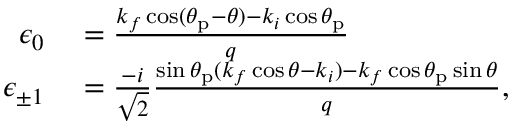
\begin{array} { r l } { \epsilon _ { 0 } } & { { } = \frac { k _ { f } \cos ( \theta _ { \mathrm { p } } - \theta ) - k _ { i } \cos \theta _ { \mathrm { p } } } { q } } \\ { \epsilon _ { \pm 1 } } & { { } = \frac { - i } { \sqrt { 2 } } \frac { \sin \theta _ { \mathrm { p } } ( k _ { f } \cos \theta - k _ { i } ) - k _ { f } \cos \theta _ { \mathrm { p } } \sin \theta } { q } , } \end{array}